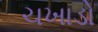
ચખાડો